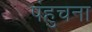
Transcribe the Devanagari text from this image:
पंहुचना